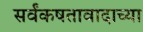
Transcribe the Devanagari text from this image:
सर्वंकषतावादाच्या